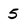
Character: 5